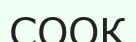
СООК